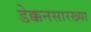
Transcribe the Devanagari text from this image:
डेक्कनसारख्या